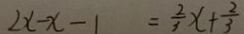
2 x - x - 1 = \frac { 2 } { 3 } x + \frac { 2 } { 3 }